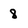
Character: 8